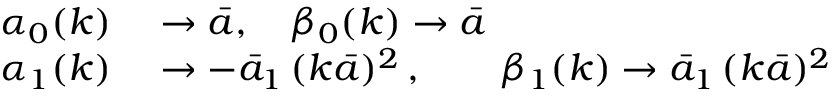
\begin{array} { r l } { \alpha _ { 0 } ( k ) } & { { } \to \bar { a } , \quad \beta _ { 0 } ( k ) \to \bar { a } } \\ { \alpha _ { 1 } ( k ) } & { { } \to - \bar { a } _ { 1 } \, ( k \bar { a } ) ^ { 2 } \, , \qquad \beta _ { 1 } ( k ) \to \bar { a } _ { 1 } \, ( k \bar { a } ) ^ { 2 } } \end{array}